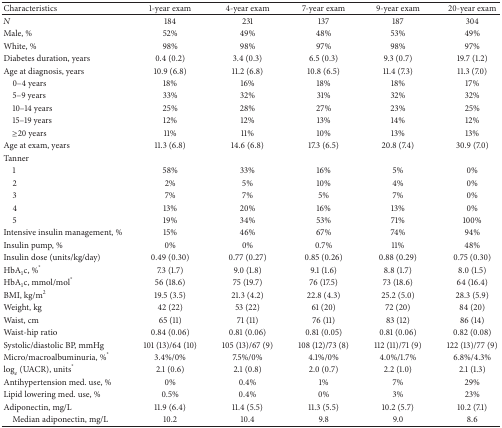
<table><thead><tr><td><b>Characteristics</b></td><td><b>1-year exam</b></td><td><b>4-year exam</b></td><td><b>7-year exam</b></td><td><b>9-year exam</b></td><td><b>20-year exam</b></td></tr></thead><tbody><tr><td><i>N</i></td><td>184</td><td>231</td><td>137</td><td>187</td><td>304</td></tr><tr><td>Male, %</td><td>52%</td><td>49%</td><td>48%</td><td>53%</td><td>49%</td></tr><tr><td>White, %</td><td>98%</td><td>98%</td><td>97%</td><td>98%</td><td>97%</td></tr><tr><td>Diabetes duration, years</td><td>0.4 (0.2)</td><td>3.4 (0.3)</td><td>6.5 (0.3)</td><td>9.3 (0.7)</td><td>19.7 (1.2)</td></tr><tr><td>Age at diagnosis, years</td><td>10.9 (6.8)</td><td>11.2 (6.8)</td><td>10.8 (6.5)</td><td>11.4 (7.3)</td><td>11.3 (7.0)</td></tr><tr><td> 0–4 years</td><td>18%</td><td>16%</td><td>18%</td><td>18%</td><td>17%</td></tr><tr><td> 5–9 years</td><td>33%</td><td>32%</td><td>31%</td><td>32%</td><td>32%</td></tr><tr><td> 10–14 years</td><td>25%</td><td>28%</td><td>27%</td><td>23%</td><td>25%</td></tr><tr><td> 15–19 years</td><td>12%</td><td>12%</td><td>13%</td><td>14%</td><td>12%</td></tr><tr><td> ≥20 years</td><td>11%</td><td>11%</td><td>10%</td><td>13%</td><td>13%</td></tr><tr><td>Age at exam, years</td><td>11.3 (6.8)</td><td>14.6 (6.8)</td><td>17.3 (6.5)</td><td>20.8 (7.4)</td><td>30.9 (7.0)</td></tr><tr><td>Tanner</td><td> </td><td> </td><td> </td><td> </td><td> </td></tr><tr><td> 1</td><td>58%</td><td>33%</td><td>16%</td><td>5%</td><td>0%</td></tr><tr><td> 2</td><td>2%</td><td>5%</td><td>10%</td><td>4%</td><td>0%</td></tr><tr><td> 3</td><td>7%</td><td>7%</td><td>5%</td><td>7%</td><td>0%</td></tr><tr><td> 4</td><td>13%</td><td>20%</td><td>16%</td><td>13%</td><td>0%</td></tr><tr><td> 5</td><td>19%</td><td>34%</td><td>53%</td><td>71%</td><td>100%</td></tr><tr><td>Intensive insulin management, %</td><td>15%</td><td>46%</td><td>67%</td><td>74%</td><td>94%</td></tr><tr><td>Insulin pump, %</td><td>0%</td><td>0%</td><td>0.7%</td><td>11%</td><td>48%</td></tr><tr><td>Insulin dose (units/kg/day)</td><td>0.49 (0.30)</td><td>0.77 (0.27)</td><td>0.85 (0.26)</td><td>0.88 (0.29)</td><td>0.75 (0.30)</td></tr><tr><td>HbA<sub>1</sub>c, %<sup>*</sup></td><td>7.3 (1.7)</td><td>9.0 (1.8)</td><td>9.1 (1.6)</td><td>8.8 (1.7)</td><td>8.0 (1.5)</td></tr><tr><td>HbA<sub>1</sub>c, mmol/mol<sup>*</sup></td><td>56 (18.6)</td><td>75 (19.7)</td><td>76 (17.5)</td><td>73 (18.6)</td><td>64 (16.4)</td></tr><tr><td>BMI, kg/m<sup>2</sup></td><td>19.5 (3.5)</td><td>21.3 (4.2)</td><td>22.8 (4.3)</td><td>25.2 (5.0)</td><td>28.3 (5.9)</td></tr><tr><td>Weight, kg</td><td>42 (22)</td><td>53 (22)</td><td>61 (20)</td><td>72 (20)</td><td>84 (20)</td></tr><tr><td>Waist, cm</td><td>65 (11)</td><td>71 (11)</td><td>76 (11)</td><td>83 (12)</td><td>86 (14)</td></tr><tr><td>Waist-hip ratio</td><td>0.84 (0.06)</td><td>0.81 (0.06)</td><td>0.81 (0.05)</td><td>0.81 (0.06)</td><td>0.82 (0.08)</td></tr><tr><td>Systolic/diastolic BP, mmHg</td><td>101 (13)/64 (10)</td><td>105 (13)/67 (9)</td><td>108 (12)/73 (8)</td><td>112 (11)/71 (9)</td><td>122 (13)/77 (9)</td></tr><tr><td>Micro/macroalbuminuria, %<sup>*</sup></td><td>3.4%/0%</td><td>7.5%/0%</td><td>4.1%/0%</td><td>4.0%/1.7%</td><td>6.8%/4.3%</td></tr><tr><td>log<sub><i>e</i></sub>⁡ (UACR), units<sup>*</sup></td><td>2.1 (0.6)</td><td>2.1 (0.8)</td><td>2.0 (0.7)</td><td>2.2 (1.0)</td><td>2.1 (1.3)</td></tr><tr><td>Antihypertension med. use, %</td><td>0%</td><td>0.4%</td><td>1%</td><td>7%</td><td>29%</td></tr><tr><td>Lipid lowering med. use, %</td><td>0.5%</td><td>0.4%</td><td>0%</td><td>3%</td><td>23%</td></tr><tr><td>Adiponectin, mg/L</td><td>11.9 (6.4)</td><td>11.4 (5.5)</td><td>11.3 (5.5)</td><td>10.2 (5.7)</td><td>10.2 (7.1)</td></tr><tr><td> Median adiponectin, mg/L</td><td>10.2</td><td>10.4</td><td>9.8</td><td>9.0</td><td>8.6</td></tr></tbody></table>